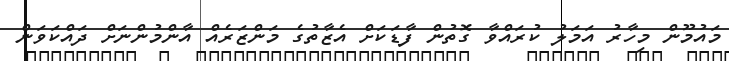
މައުމޫން މިހާރު އަމަލު ކުރައްވާ ގޮތުން ފާޑަކަށް އެޒާތުގެ މަންޒަރެއް އާންމުންނަށް ދައްކަވަން